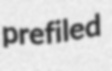
prefiled